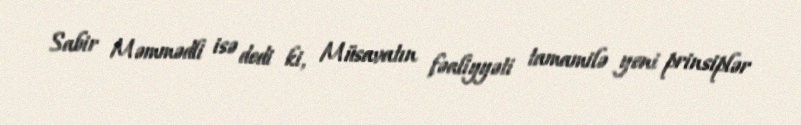
Sabir Məmmədli isə dedi ki, Müsavatın fəaliyyəti tamamilə yeni prinsiplər